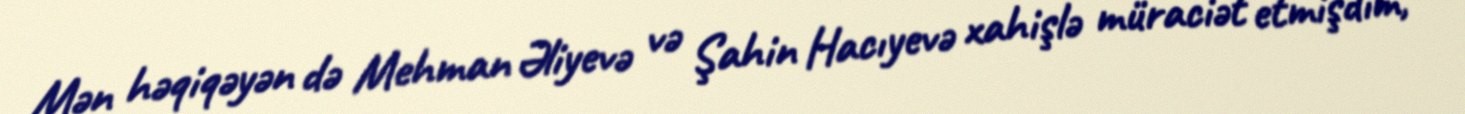
Mən həqiqəyən də Mehman Əliyevə və Şahin Hacıyevə xahişlə müraciət etmişdim,